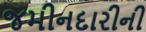
જમીનદારીની